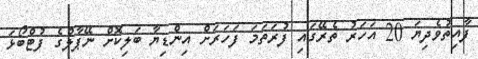
ފާއިތުވެދިޔަ 20 އަހަރު ތެރޭގައި ފުރަތަމަ ފަހަރަށް އިންޑިޔާ ބަލިކޮށް ނޭޕާލްގެ ފުޓްބޯޅަ